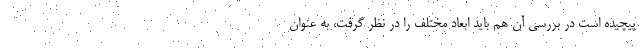
پیچیده است در بررسی آن هم باید ابعاد مختلف را در نظر گرفت، به عنوان